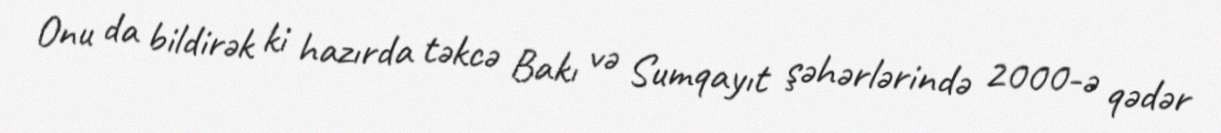
Onu da bildirək ki hazırda təkcə Bakı və Sumqayıt şəhərlərində 2000-ə qədər